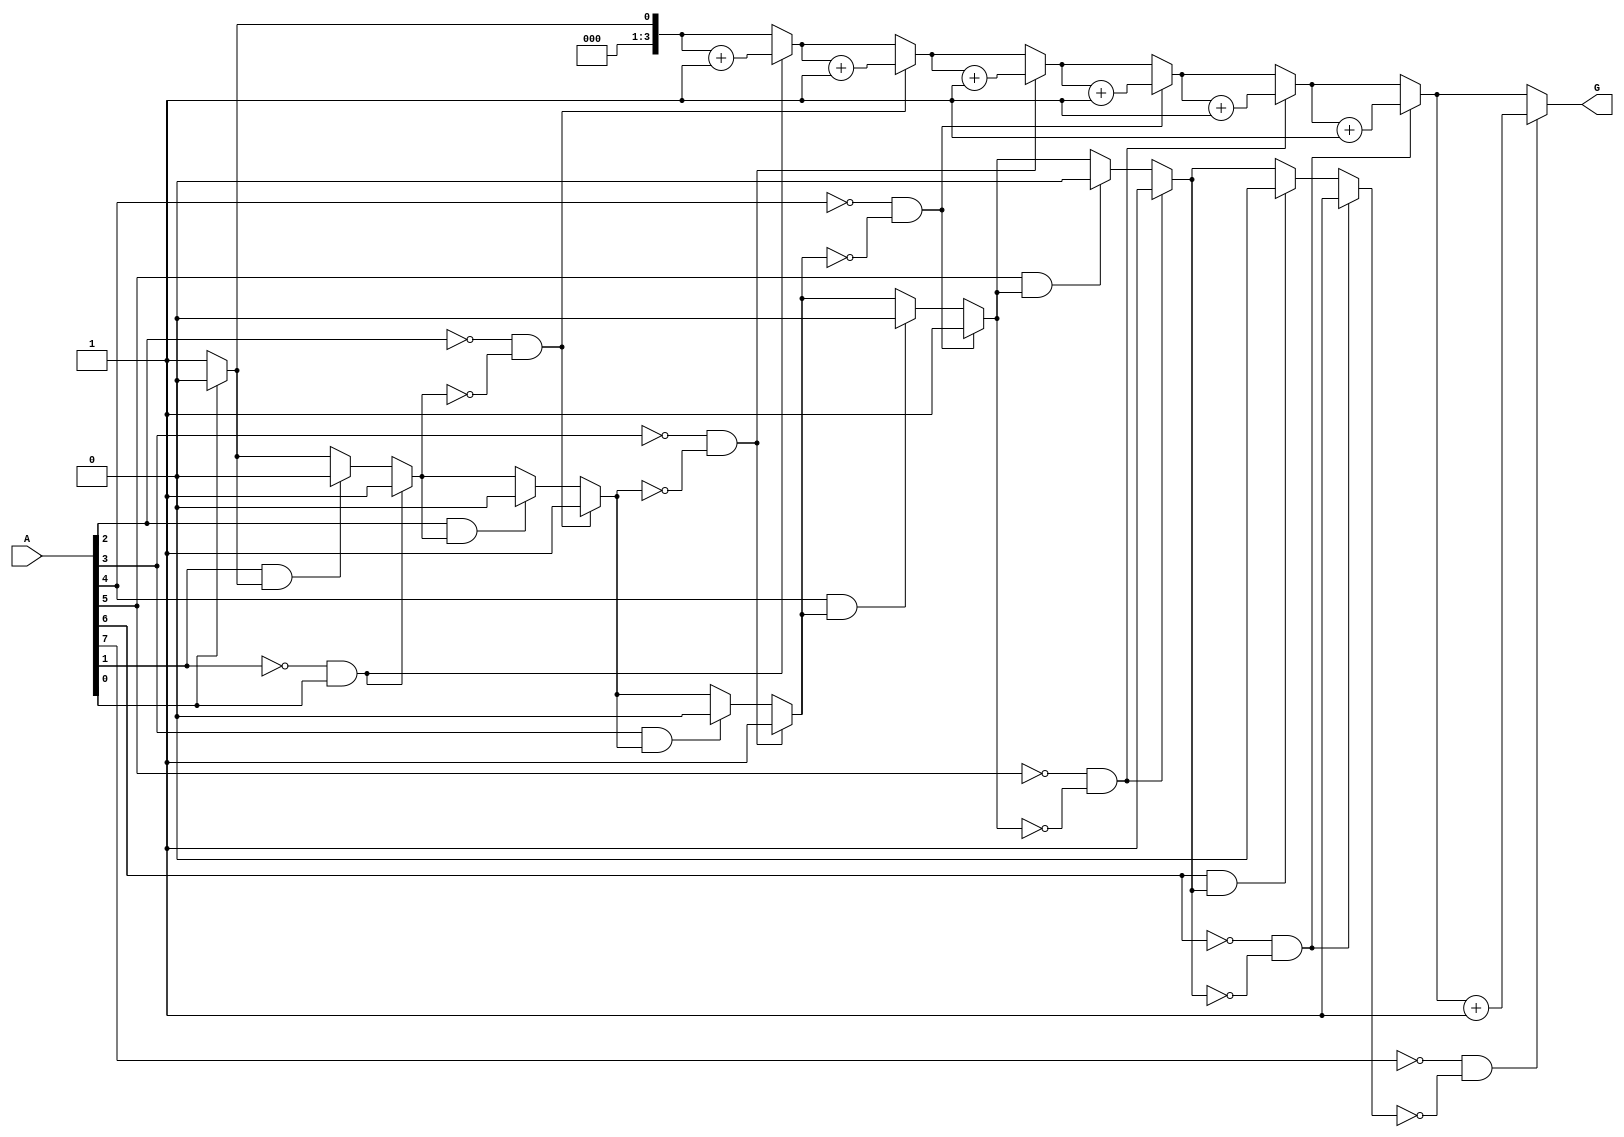
module group_zeros (
    input wire [N-1:0] A,          // Input binary vector
    output reg [M-1:0] G           // Output representing the count of groups of contiguous zeros
);
    parameter N = 8;               // Length of input vector A
    parameter M = 4;               // Maximum number of groups of zeros to be reported (adjust as needed)

    integer i;
    reg [M-1:0] group_count;       // Counter for groups of zeros
    reg in_zero;                   // State to track if currently in a zero group

    always @(*) begin
        group_count = 0;           // Reset group count
        in_zero = 0;               // Reset in_zero state

        // Traverse the input vector
        for (i = 0; i < N; i = i + 1) begin
            // Detect transition from 1 to 0
            if (A[i] == 0 && !in_zero) begin
                in_zero = 1;        // We are now in a zero group
                group_count = group_count + 1; // Increment group count
            end
            // Detect transition from 0 to 1
            else if (A[i] == 1 && in_zero) begin
                in_zero = 0;        // We have exited a zero group
            end
        end

        // Assign the counted number of groups to output G
        G = group_count;
    end
endmodule